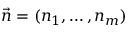
\vec { n } = ( n _ { 1 } , \dots , n _ { m } )